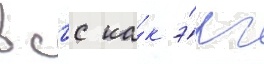
в сгс ка́к э́рг